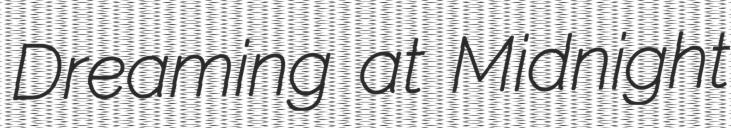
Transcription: Dreaming at Midnight